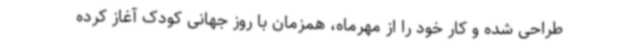
طراحی شده و کار خود را از مهرماه، همزمان با روز جهانی کودک آغاز کرده